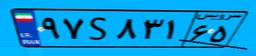
۳۷S۴۷۴۹۶